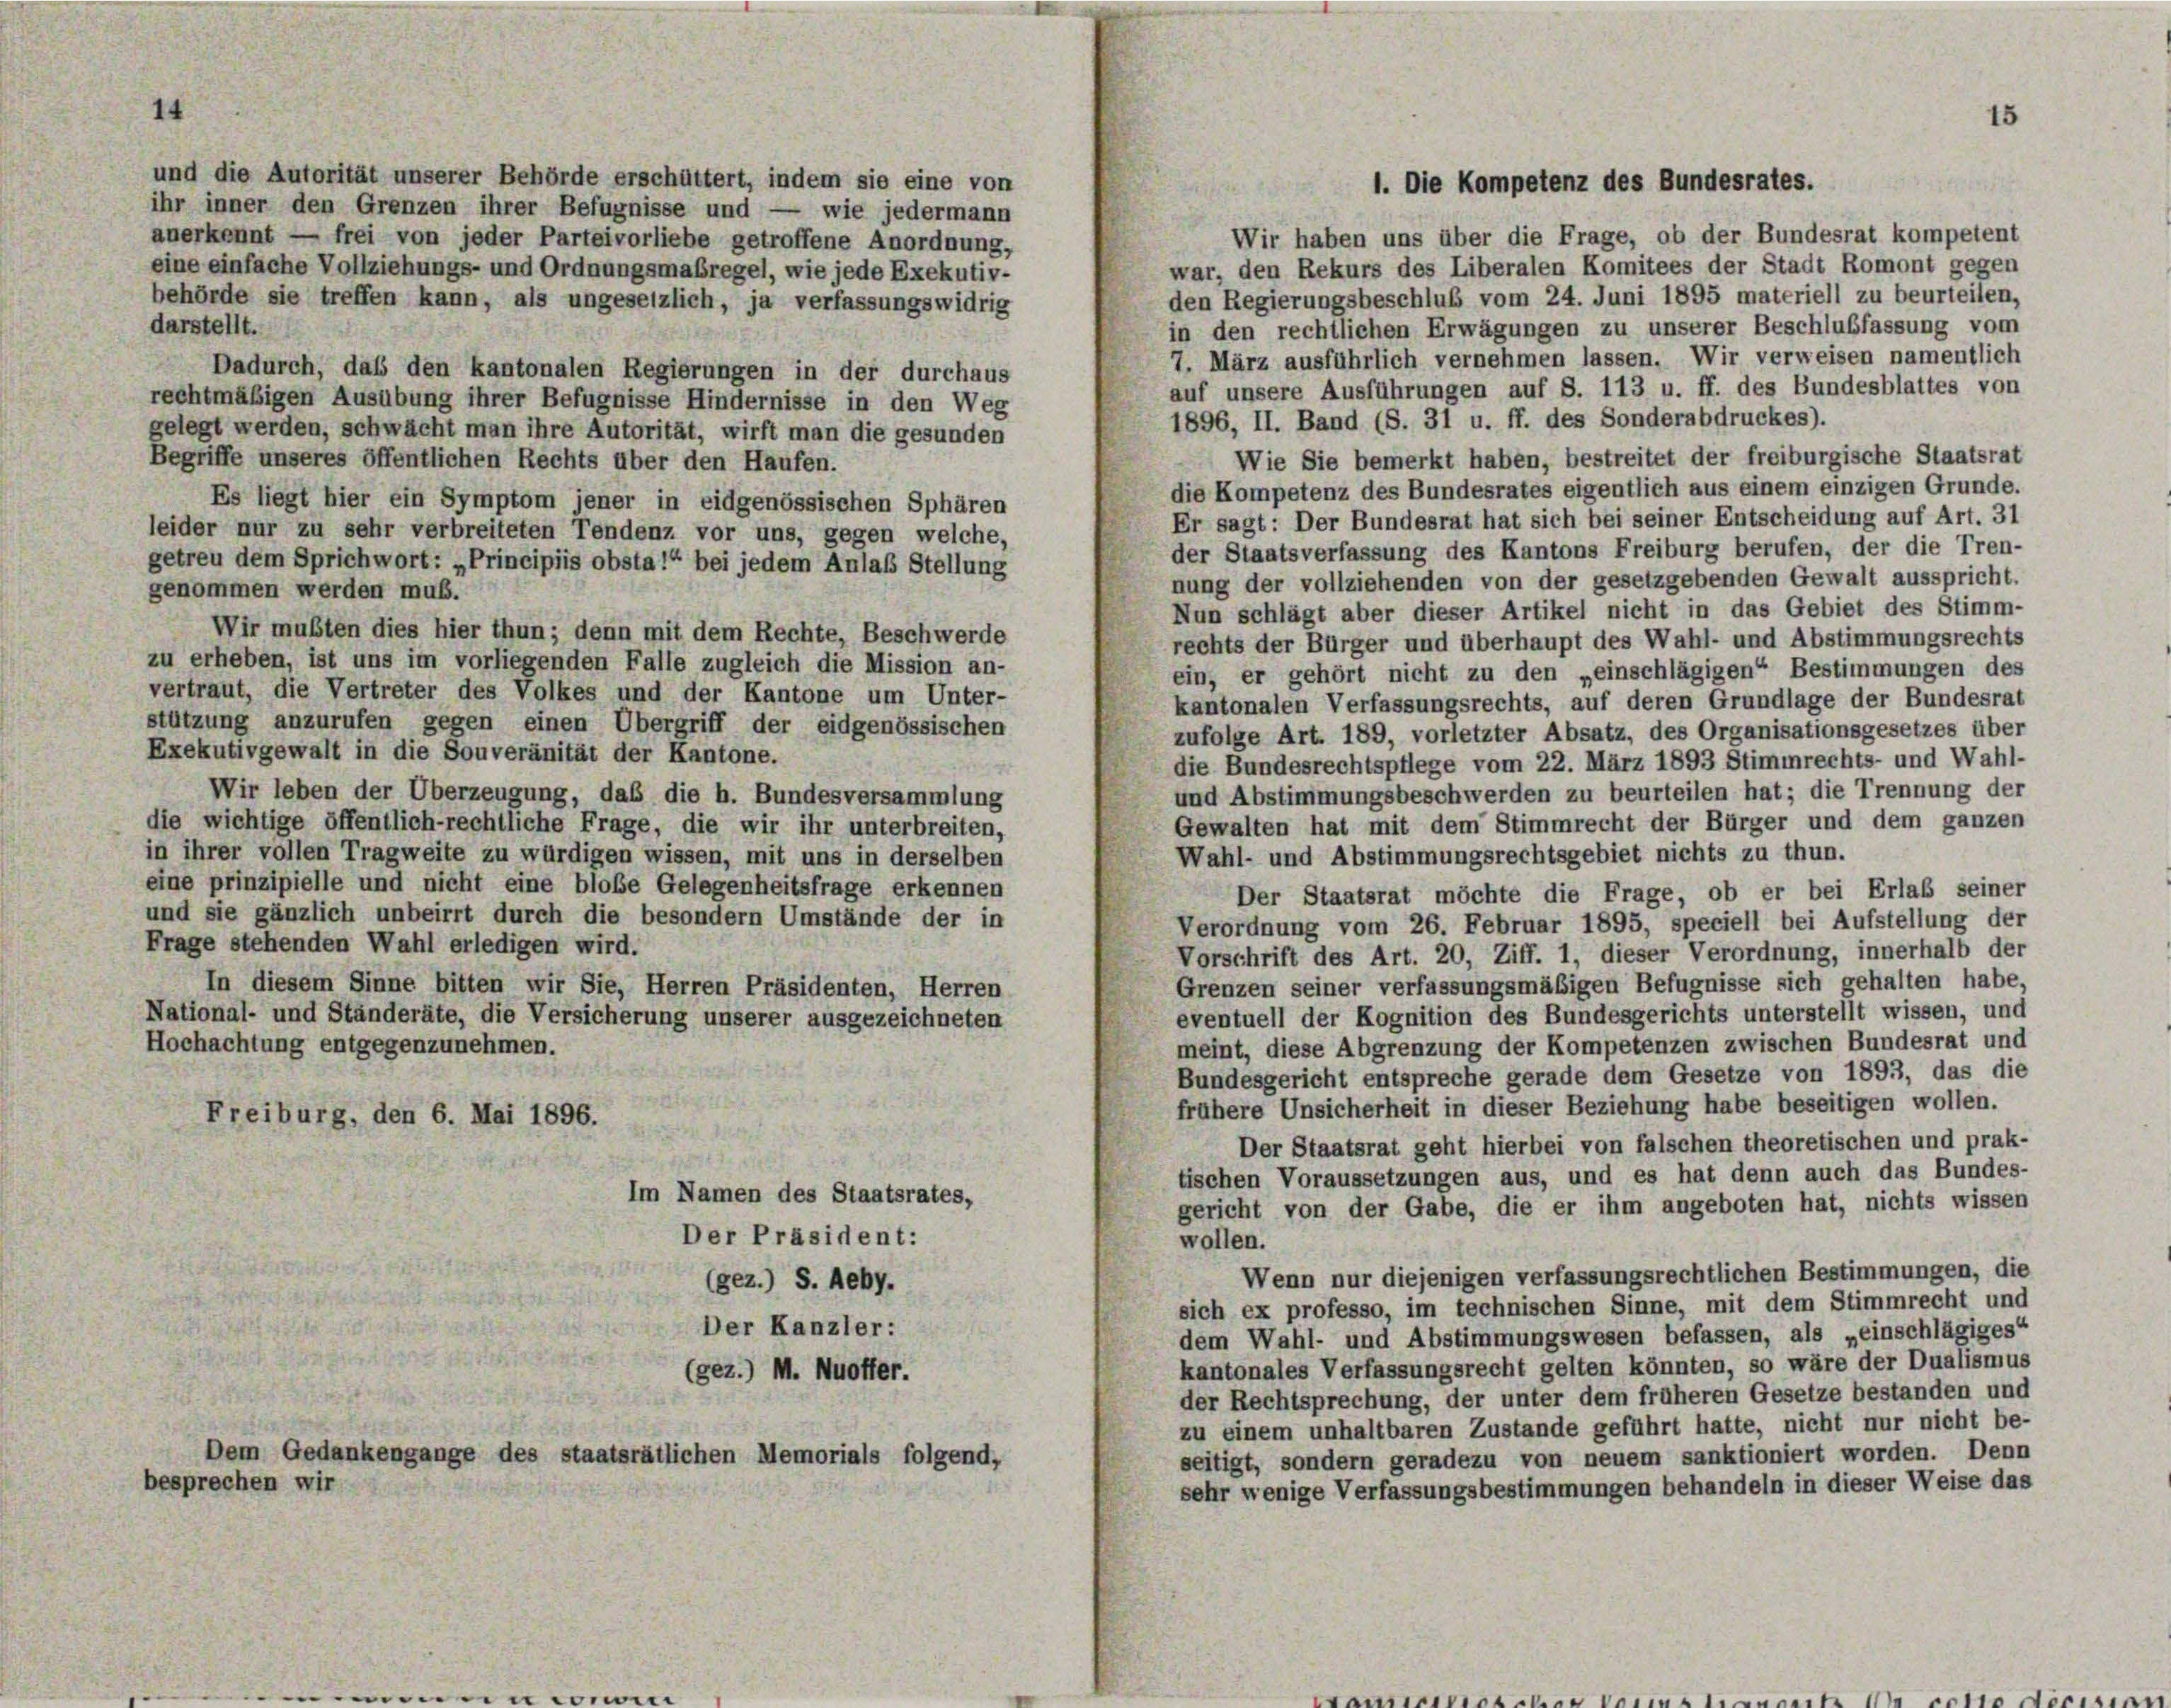
und die Autorität unserer Behörde erschüttert, indem sie eine von
ihr inner den Grenzen ihrer Befugnisse und — wie jedermann
Wir haben uns über die Frage, ob der Bundesrat kompetent
anerkennt — frei von jeder Parteivorliebe getroffene Anordnung,
war, den Rekurs des Liberalen Komitees der Stadt Romont gegen
eine einfache Vollziehungs- und Ordnungsmaßregel, wie jede Exekutiv-
den Regierungsbeschluß vom 24. Juni 1895 materiell zu beurteilen,
behörde sie treffen kann, als ungesetzlich, ja verfassungswidrig
darstellt.
in den rechtlichen Erwägungen zu unserer Beschlußfassung vom
7. März ausführlich vernehmen lassen. Wir verweisen namentlich
Dadurch, daß den kantonalen Regierungen in der durchaus
auf unsere Ausführungen auf S. 113 u. ff. des Bundesblattes von
rechtmäßigen Ausübung ihrer Befugnisse Hindernisse in den Weg
1896, II. Band (S. 31 u. ff. des Sonderabdruckes).
gelegt werden, schwächt man ihre Autorität, wirft man die gesunden
Wie Sie bemerkt haben, bestreitet der freiburgische Staatsrat
Begriffe unseres öffentlichen Rechts über den Haufen.
die Kompetenz des Bundesrates eigentlich aus einem einzigen Grunde.
Es liegt hier ein Symptom jener in eidgenössischen Sphären
Er sagt: Der Bundesrat hat sich bei seiner Entscheidung auf Art. 31
leider nur zu sehr verbreiteten Tendenz vor uns, gegen welche,
der Staatsverfassung des Kantons Freiburg berufen, der die Tren-
getreu dem Sprichwort: »Principiis obsta!“ bei jedem Anlaß Stellung
nung der vollziehenden von der gesetzgebenden Gewalt ausspricht.
genommen werden muß.
Nun schlägt aber dieser Artikel nicht in das Gebiet des Stimm-
Wir mußten dies hier thun; denn mit dem Rechte, Beschwerde
rechts der Bürger und überhaupt des Wahl- und Abstimmungsrechts
zu erheben, ist uns im vorliegenden Falle zugleich die Mission an-
ein, er gehört nicht zu den „einschlägigen Bestimmungen des
vertraut, die Vertreter des Volkes und der Kantone um Unter-
kantonalen Verfassungsrechts, auf deren Grundlage der Bundesrat
stützung anzurufen gegen einen Übergriff der eidgenössischen
zufolge Art. 189, vorletzter Absatz, des Organisationsgesetzes über
Exekutivgewalt in die Souveränität der Kantone.
die Bundesrechtspflege vom 22. März 1893 Stimmrechts- und Wahl-
und Abstimmungsbeschwerden zu beurteilen hat; die Trennung der
Wir leben der Überzeugung, daß die h. Bundesversammlung
die wichtige öffentlich-rechtliche Frage, die wir ihr unterbreiten,
Gewalten hat mit dem Stimmrecht der Bürger und dem ganzen
in ihrer vollen Tragweite zu würdigen wissen, mit uns in derselben
Wahl- und Abstimmungsrechtsgebiet nichts zu thun.
eine prinzipielle und nicht eine bloße Gelegenheitsfrage erkennen
Der Staatsrat möchte die Frage, ob er bei Erlaß seiner
und sie gänzlich unbeirrt durch die besondern Umstände der in
Verordnung vom 26. Februar 1895, speciell bei Aufstellung der
Frage stehenden Wahl erledigen wird.
Vorschrift des Art. 20, Ziff. 1, dieser Verordnung, innerhalb der
Grenzen seiner verfassungsmäßigen Befugnisse sich gehalten habe,
In diesem Sinne bitten wir Sie, Herren Präsidenten, Herren
eventuell der Kognition des Bundesgerichts unterstellt wissen, und
National- und Ständeräte, die Versicherung unserer ausgezeichneten
meint, diese Abgrenzung der Kompetenzen zwischen Bundesrat und
Hochachtung entgegenzunehmen.
Bundesgericht entspreche gerade dem Gesetze von 1893, das die
frühere Unsicherheit in dieser Beziehung habe beseitigen wollen.
Freiburg, den 6. Mai 1896.
Der Staatsrat geht hierbei von falschen theoretischen und prak-
tischen Voraussetzungen aus, und es hat denn auch das Bundes-
Im Namen des Staatsrates,
gericht von der Gabe, die er ihm angeboten hat, nichts wissen
Der Präsident:
wollen.
Wenn nur diejenigen verfassungsrechtlichen Bestimmungen, die
(gez.) S. Aeby.
sich ex professo, im technischen Sinne, mit dem Stimmrecht und
Der Kanzler:
dem Wahl- und Abstimmungswesen befassen, als „einschlägiges“
kantonales Verfassungsrecht gelten könnten, so wäre der Dualismus
(gez.) M. Nuoffer.
der Rechtsprechung, der unter dem früheren Gesetze bestanden und

zu einem unhaltbaren Zustande geführt hatte, nicht nur nicht be-
Dem Gedankengange des staatsrätlichen Memorials folgend,
seitigt, sondern geradezu von neuem sanktioniert worden. Denn
besprechen wir
sehr wenige Verfassungsbestimmungen behandeln in dieser Weise das

14

1. Die Kompetenz des Bundesrates.

15